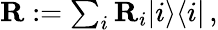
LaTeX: \begin{array}{r}{{\mathbf R}:=\sum_{i}{\mathbf R}_{i}\vert i\rangle\langle i\vert\, ,}\end{array}